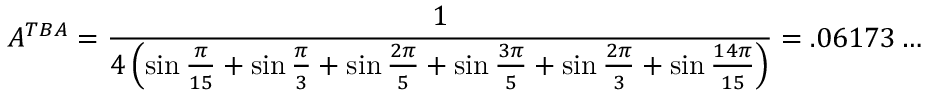
A ^ { T B A } = \frac { 1 } { 4 \left( \sin \frac { \pi } { 1 5 } + \sin \frac { \pi } { 3 } + \sin \frac { 2 \pi } { 5 } + \sin \frac { 3 \pi } { 5 } + \sin \frac { 2 \pi } { 3 } + \sin \frac { 1 4 \pi } { 1 5 } \right) } = . 0 6 1 7 3 \ldots